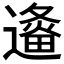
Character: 𲅹